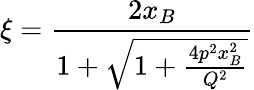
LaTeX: \xi=\frac{2x_{B}}{1+\sqrt{1+\frac{4p^{2}x_{B}^{2}}{Q^{2}}}}